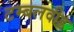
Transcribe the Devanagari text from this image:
टम्बलवीड